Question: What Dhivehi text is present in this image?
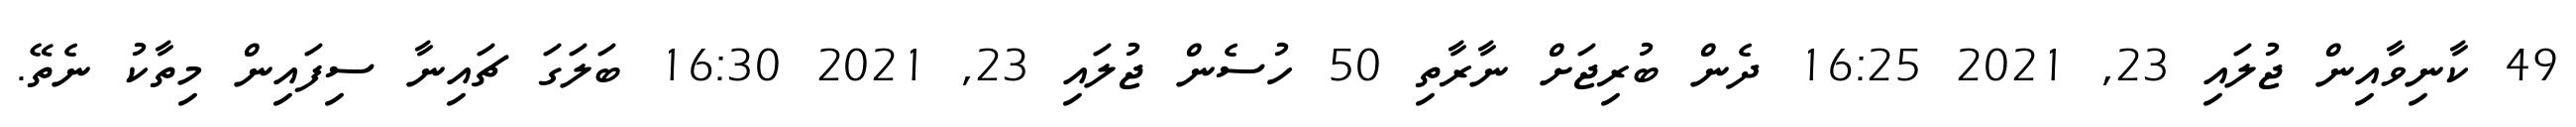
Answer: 49 ކާނިވާއިން ޖުލައި 23, 2021 16:25 ދެން ބުރިޖަށް ނާރާތި 50 ހުސެން ޖުލައި 23, 2021 16:30 ބަލަގަ ޗައިނާ ސިފައިން މިތާކު ނެތޭ.